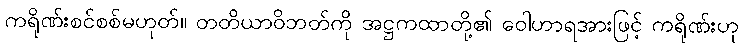
ကရိုဏ်းစင်စစ်မဟုတ်။ တတိယာဝိဘတ်ကို အဋ္ဌကထာတို့၏ ဝေါဟာရအားဖြင့် ကရိုဏ်းဟု